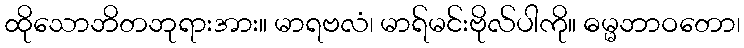
ထိုသောဘိတဘုရားအား။ မာရဗလံ၊ မာရ်မင်းဗိုလ်ပါကို။ ဓမ္မဘာဝတော၊